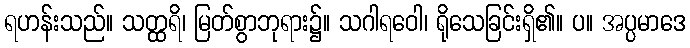
ရဟန်းသည်။ သတ္ထရိ၊ မြတ်စွာဘုရား၌။ သဂါရဝေါ၊ ရိုသေခြင်းရှိ၏။ ပ။ အပ္ပမာဒေ